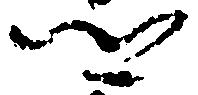
郷